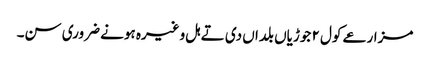
مزارعے کول ٢ جوڑیاں بلداں دی تے ہل وغیرہ ہونے ضروری سن۔